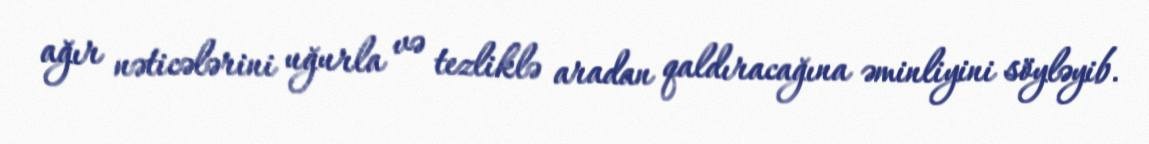
ağır nəticələrini uğurla və tezliklə aradan qaldıracağına əminliyini söyləyib.